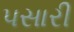
પસારી